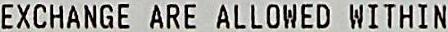
EXCHANGE ARE ALLOWED WITHIN